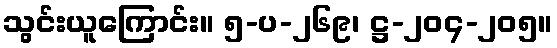
သွင်းယူကြောင်း။ ၅-ပ-၂၆၉၊ ဋ္ဌ-၂၀၄-၂၀၅။